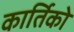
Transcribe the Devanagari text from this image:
कार्तिको